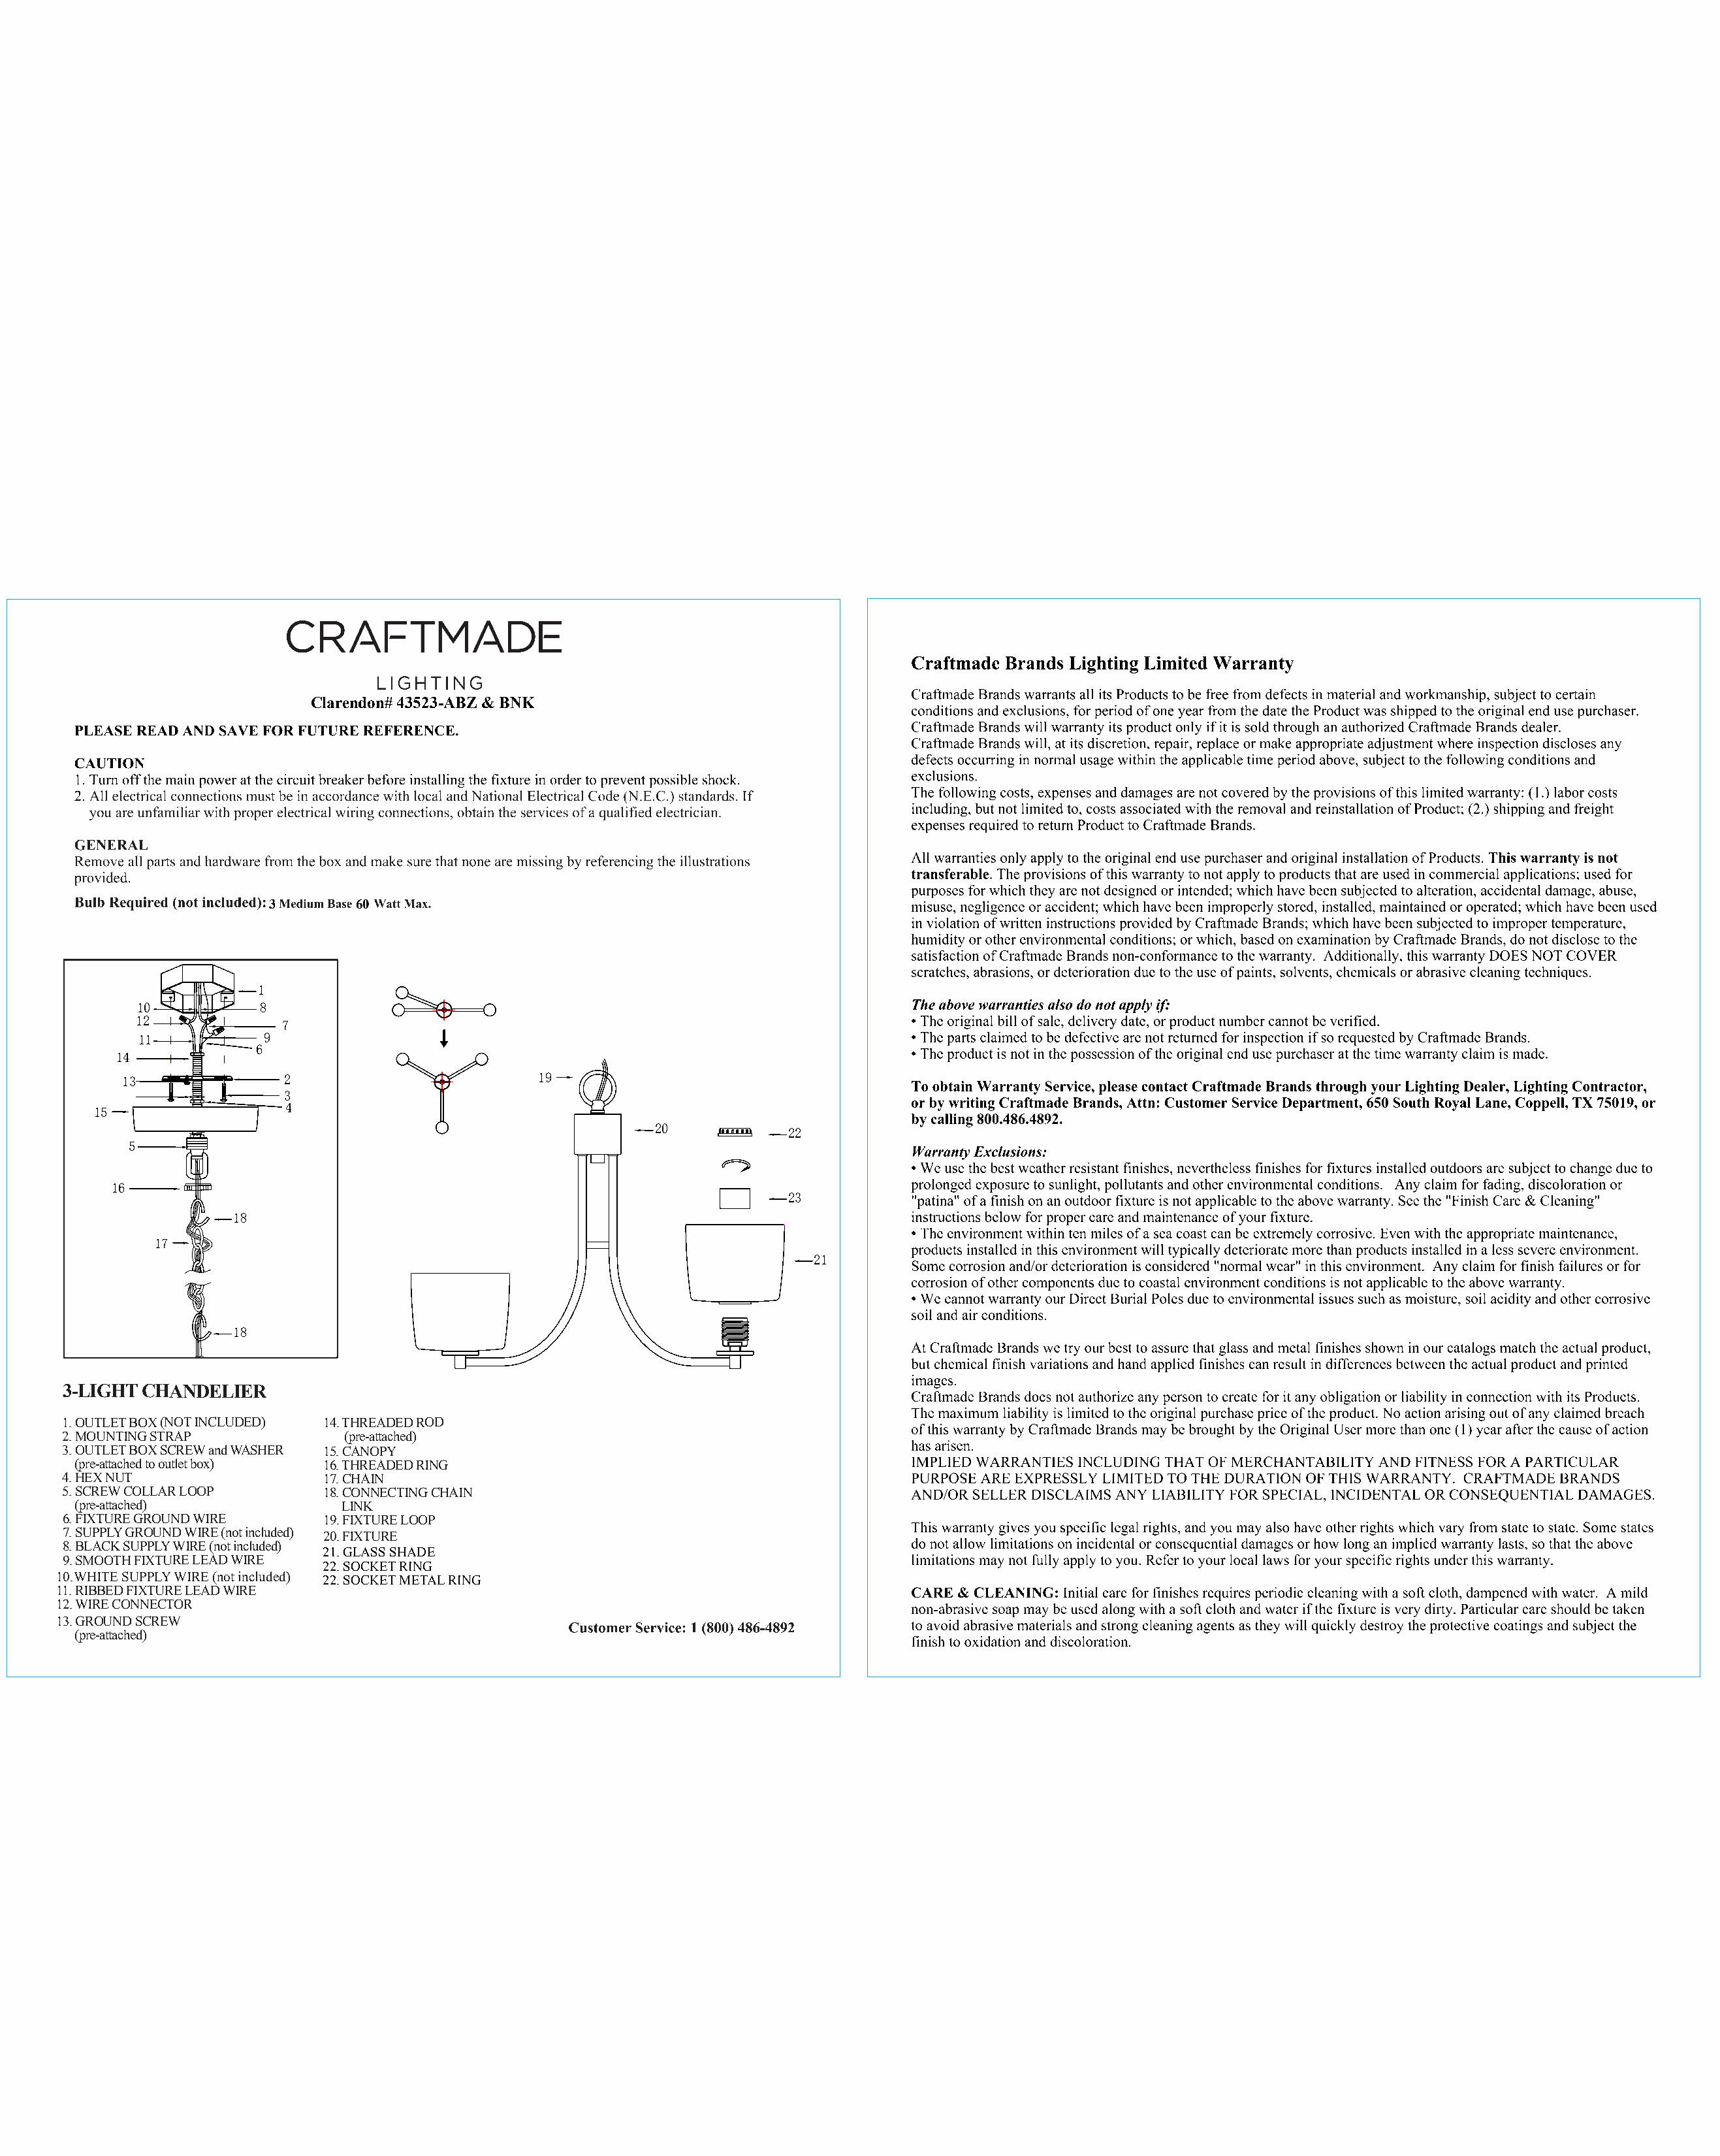
Clarendon# 43523-ABZ & BNK
 3        60
 1
 10          8
 12
 7
 11           9
 6
 14
 13               2                         19
 3
 4
 15
 20
 22
 5
 16
 23
 18
 17
 21
 18
 3-LIGHT CHANDELIER
 1. OUTLET BOX (NOT INCLUDED) 14. THREADED ROD
 2. MOUNTING STRAP            (pre-attached)
 3. OUTLET BOX SCREW and WASHER 15. CANOPY
 (pre-attached to outlet box) 16. THREADED RING
 4. HEX NUT                 17. CHAIN
 5. SCREW COLLAR LOOP       18. CONNECTING CHAIN
 (pre-attached)             LINK
 6. FIXTURE GROUND WIRE     19. FIXTURE LOOP
 7. SUPPLY GROUND WIRE (not included) 20. FIXTURE
 8. BLACK SUPPLY WIRE (not included)
 21. GLASS SHADE
 9. SMOOTH FIXTURE LEAD WIRE
 22. SOCKET RING
 10.WHITE SUPPLY WIRE (not included) 22. SOCKET METAL RING
 11. RIBBED FIXTURE LEAD WIRE
 12. WIRE CONNECTOR
 13. GROUND SCREW
 (pre-attached)